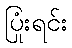
ပြုံးရင်း